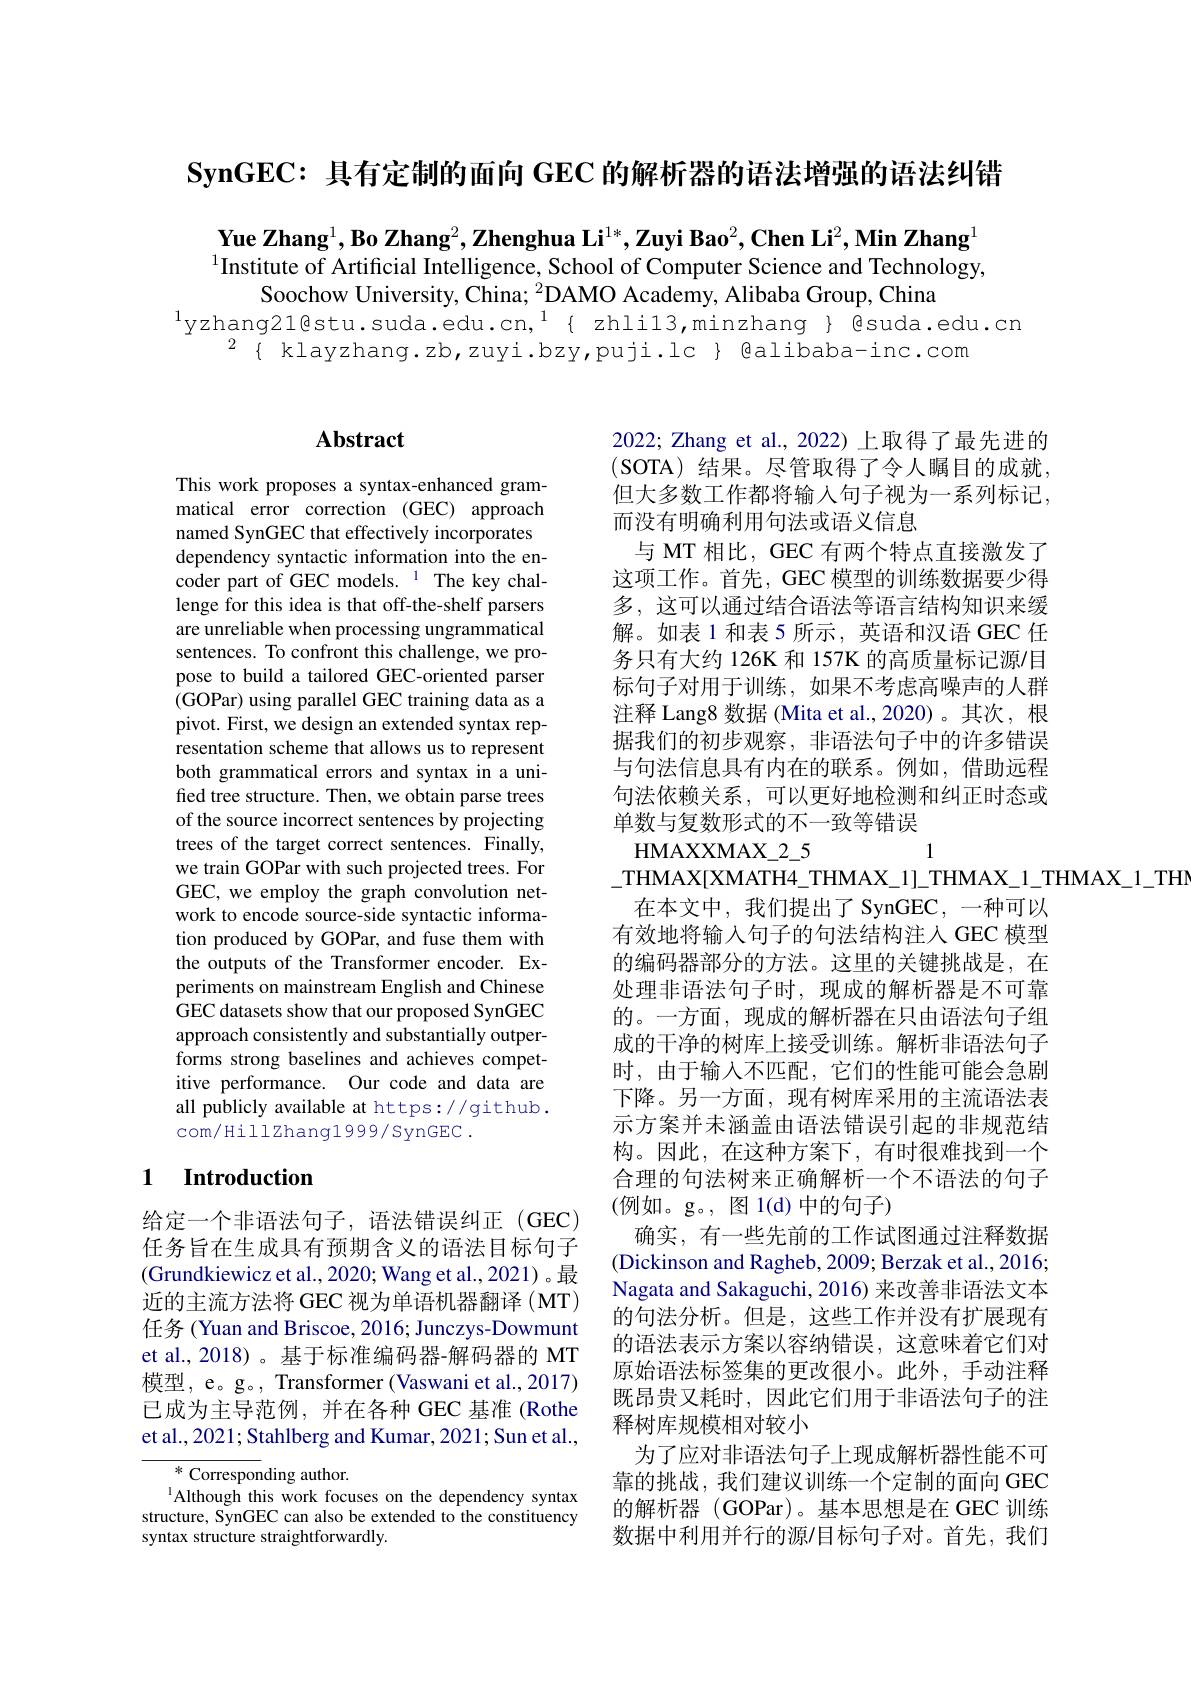
$\textbf{SynGEC: 具 有 定 制 的 面 向 GEC 的 解 析 器 的 语 法 增 强 的 语 法 纠 错 }$

Yue Zhang$^1,\textbf{Bo Zhang}^2,\textbf{Zhenghua Li}^{1*},\textbf{Zuyi Bao}^2,\textbf{Chen Li}^2,\textbf{Min Zhang}^1$ $^{1}$Institute of Artificial Intelligence, School of Computer Science and Technology,
Soochow University, China; $^2$DAMO Academy, Alibaba Group, China
$^{1}$yzhang21@stu.suda.edu.cn,$^{1}${zhlil3,minzhang} { @suda.edu.cn
$^{2}\{$ klayzhang.zb,zuyi.bzy,puji.lc $\}$ @alibaba-inc.com

### $\mathbf{Abstract}$

This work proposes a syntax-enhanced grammatical error correction (GEC) approach named SynGEC that effectively incorporates dependency syntactic information into the encoder part of GEC models.$^{1}$The key challenge for this idea is that off-the-shelf parsers are unreliable when processing ungrammatical sentences. To confront this challenge, we propose to build a tailored GEC-oriented parser (GOPar) using parallel GEC training data as a pivot. First, we design an extended syntax representation scheme that allows us to represent both grammatical errors and syntax in a unifed tree structure. Then, we obtain parse trees of the source incorrect sentences by projecting trees of the target correct sentences. Finally, we train GOPar with such projected trees. For GEC, we employ the graph convolution network to encode source-side syntactic information produced by GOPar, and fuse them with the outputs of the Transformer encoder. Experiments on mainstream English and Chinese GEC datasets show that our proposed SynGEC approach consistently and substantially outperforms strong baselines and achieves competitive performance. Our code and data are all publicly available at https://github. com/HillZhang1999/SynGEC .

## 1 Introduction

给定一个非语法句子，语法错误纠正(GEC) 任务旨在生成具有预期含义的语法目标句子(Grundkiewicz et al., 2020; Wang et al., 2021)。最近的主流方法将 GEC 视为单语机器翻译 (MT) 任务 (Yuan and Briscoe, 2016; Junczys-Dowmunt et al., 2018)。基于标准编码器-解码器的 MT 模型，e。g。, Transformer (Vaswani et al.,2017) 已成为主导范例，并在各种 GEC 基准 (Rothe et al., 2021; Stahlberg and Kumar, 2021; Sun et al.,

${^{*}\text{Correspon}}$ding author.
$^{1}$Although this work focuses on the dependency syntax structure, SynGEC can also be extended to the constituency syntax structure straightforwardly.

2022; Zhang et al., 2022) 上取得了最先进的(SOTA)结果。尽管取得了令人瞩目的成就， 但大多数工作都将输入句子视为一系列标记， 而没有明确利用句法或语义信息
与 MT 相比，GEC 有两个特点直接激发了这项工作。首先，GEC 模型的训练数据要少得多，这可以通过结合语法等语言结构知识来缓解。如表 1 和表 5 所示，英语和汉语 GEC 任务只有大约 126K 和 157K 的高质量标记源/目标句子对用于训练，如果不考虑高噪声的人群注释 Lang8 数据 (Mita et al., 2020)。其次，根据我们的初步观察，非语法句子中的许多错误与句法信息具有内在的联系。例如，借助远程句法依赖关系，可以更好地检测和纠正时态或单数与复数形式的不一致等错误
HMAXXMAX$\_$2$\_$5
1
\_THMAX[XMATH4\_THMAX\_1]\_THMAX\_1\_THMAX\_1\_THI
在本文中，我们提出了SynGEC，一种可以有效地将输入句子的句法结构注人 GEC 模型的编码器部分的方法。这里的关键挑战是，在处理非语法句子时，现成的解析器是不可靠的。一方面，现成的解析器在只由语法句子组成的干净的树库上接受训练。解析非语法句子时，由于输入不匹配，它们的性能可能会急剧下降。另一方面，现有树库采用的主流语法表示方案并未涵盖由语法错误引起的非规范结构。因此，在这种方案下，有时很难找到一个合理的句法树来正确解析一个不语法的句子(例如。g。, 图 1(d)中的句子)
确实，有一些先前的工作试图通过注释数据(Dickinson and Ragheb, 2009; Berzak et al., 2016; Nagata and Sakaguchi, 2016) 来改善非语法文本的句法分析。但是，这些工作并没有扩展现有的语法表示方案以容纳错误，这意味着它们对原始语法标签集的更改很小。此外，手动注释既昂贵又耗时，因此它们用于非语法句子的注释树库规模相对较小
为了应对非语法句子上现成解析器性能不可靠的挑战，我们建议训练一个定制的面向 GEC 的解析器 (GOPar)。基本思想是在 GEC 训练数据中利用并行的源/目标句子对。首先，我们